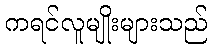
ကရင်လူမျိုးများသည်